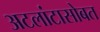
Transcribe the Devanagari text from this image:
अटलांटासोबत